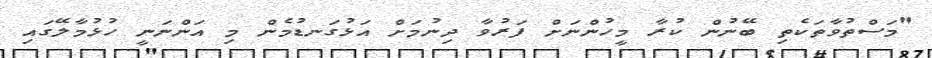
"މަސްތުވާތަކެތި ބޭނުން ކުރާ މީހުންނަށް ފަރުވާ ދިނުމަށް އަޅުގަނޑުމެން މި އަންނަނީ ހުޅުމާލޭގައި